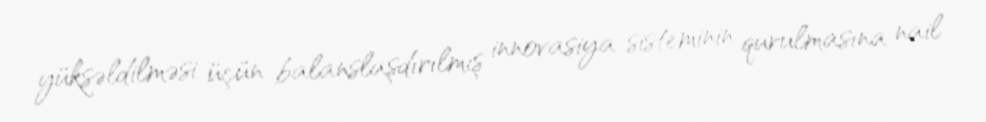
yüksəldilməsi üçün balanslaşdırılmış innovasiya sisteminin qurulmasına nail